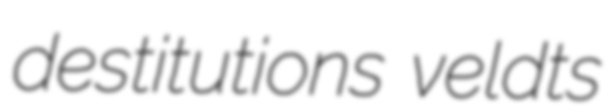
destitutions veldts